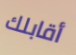
أقابلك